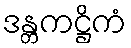
ဒန္တကဋ္ဌိကံ